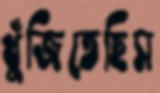
খুঁজিতেছিস